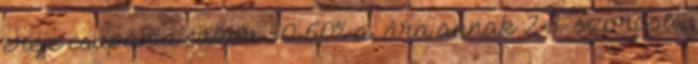
ereje csupán a cukor 50-60%-a, ára annak 2-3- szorosa,